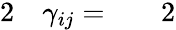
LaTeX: \begin{array}{rlrl}{{2}}&{{}\gamma_{ij}=}&{}&{{}2}\end{array}